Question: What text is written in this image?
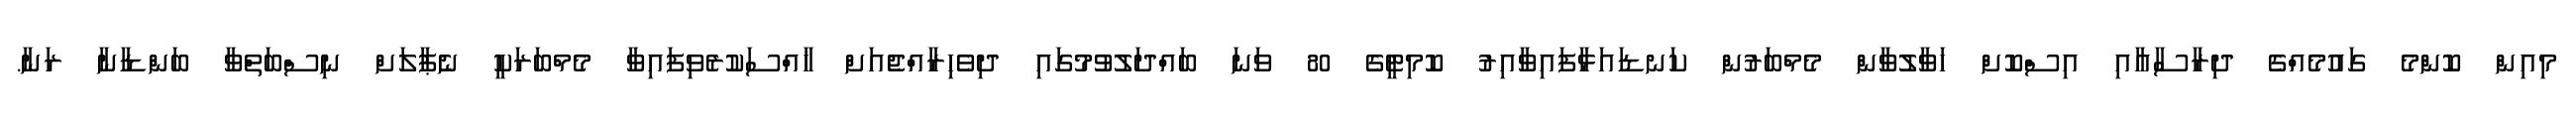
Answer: މިއިން ކޮންމެ ގައުމެއްގެ ދިރާސާއާއި އިސްކޮށް ހަވާލުވާން މެމްބަރުން ކަނޑައަޅާފައިވާއިރު ކޮމިޓީގެ 80 ވަނަ ބައްދަލުވުމުގައި ދިވެހިރާއްޖެއަށް ޚާއްސަކުރެވިފައިވާ މެމްބަރަކީ ނެޕާލަށް ނިސްބަތްވާ ބަންޑާނާ ރަނާ.